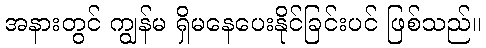
အနားတွင် ကျွန်မ ရှိမနေပေးနိုင်ခြင်းပင် ဖြစ်သည်။